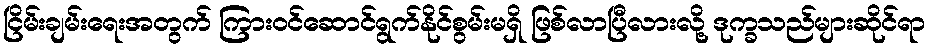
ငြိမ်းချမ်းရေးအတွက် ကြားဝင်ဆောင်ရွက်နိုင်စွမ်းမရှိ ဖြစ်လာပြီလားလို့ ဒုက္ခသည်များဆိုင်ရာ